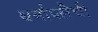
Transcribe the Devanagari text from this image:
थर्मापलैची